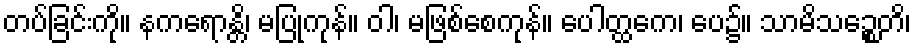
တပ်ခြင်းကို။ နကရောန္တိ၊ မပြုကုန်။ ဝါ၊ မဖြစ်စေကုန်။ ပေါတ္ထကေ၊ ပေ၌။ သာမိသဉ္စေတိ၊